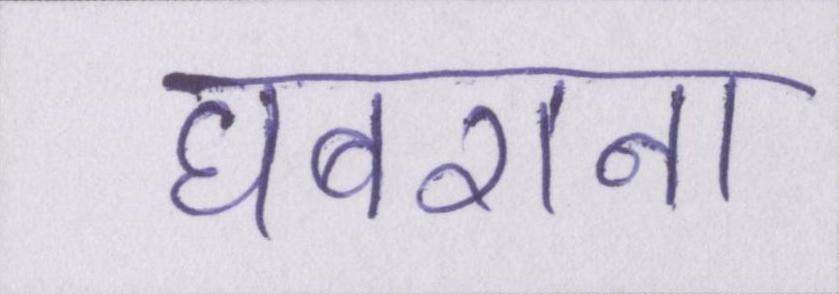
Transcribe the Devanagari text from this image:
घबराना